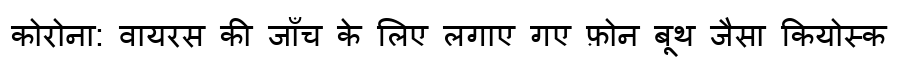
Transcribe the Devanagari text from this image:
कोरोना: वायरस की जाँच के लिए लगाए गए फ़ोन बूथ जैसा कियोस्क